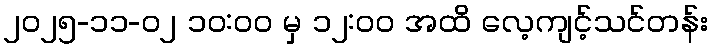
၂၀၂၅-၁၁-၀၂ ၁၀:၀၀ မှ ၁၂:၀၀ အထိ လေ့ကျင့်သင်တန်း